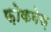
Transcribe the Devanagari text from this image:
फ़ोकवेज़